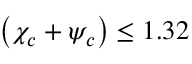
\left( \chi _ { c } + \psi _ { c } \right) \leq 1 . 3 2